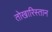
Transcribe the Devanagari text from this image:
तोखारिस्तान